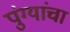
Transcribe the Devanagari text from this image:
पुंग्यांचा